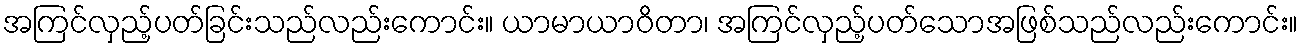
အကြင်လှည့်ပတ်ခြင်းသည်လည်းကောင်း။ ယာမာယာဝိတာ၊ အကြင်လှည့်ပတ်သောအဖြစ်သည်လည်းကောင်း။